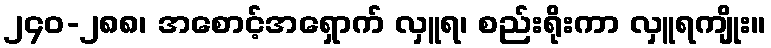
၂၄၀-၂၈၈၊ အစောင့်အရှောက် လှူရ၊ စည်းရိုးကာ လှူရကျိုး။